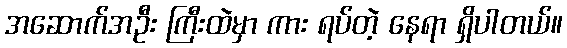
အဆောက်အဦး ကြီးထဲမှာ ကား ရပ်တဲ့ နေရာ ရှိပါတယ်။